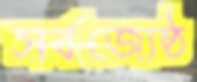
সর্বজ্যেষ্ঠ